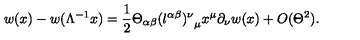
w ( x ) - w ( \Lambda ^ { - 1 } x ) = \frac { 1 } { 2 } \Theta _ { \alpha \beta } { ( l ^ { \alpha \beta } ) ^ { \nu } } _ { \mu } x ^ { \mu } \partial _ { \nu } w ( x ) + O ( \Theta ^ { 2 } ) .